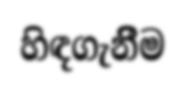
හිඳගැනීිම